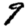
Digit: 9